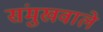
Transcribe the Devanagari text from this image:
संमुखवाले